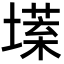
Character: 𡐽